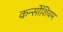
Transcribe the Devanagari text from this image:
कर्न्सोशियम